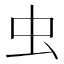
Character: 虫